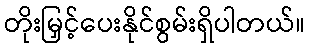
တိုးမြှင့်ပေးနိုင်စွမ်းရှိပါတယ်။